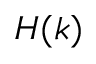
H ( k )